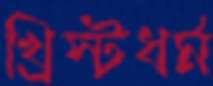
খ্রিস্টধর্ম